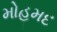
મોહમદ